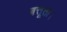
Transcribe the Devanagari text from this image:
बत्तूता।